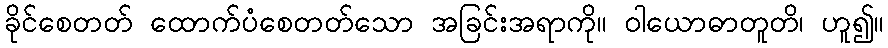
ခိုင်စေတတ် ထောက်ပံစေတတ်သော အခြင်းအရာကို။ ဝါယောဓာတူတိ၊ ဟူ၍။